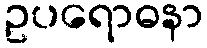
ဥပရောဓနာ